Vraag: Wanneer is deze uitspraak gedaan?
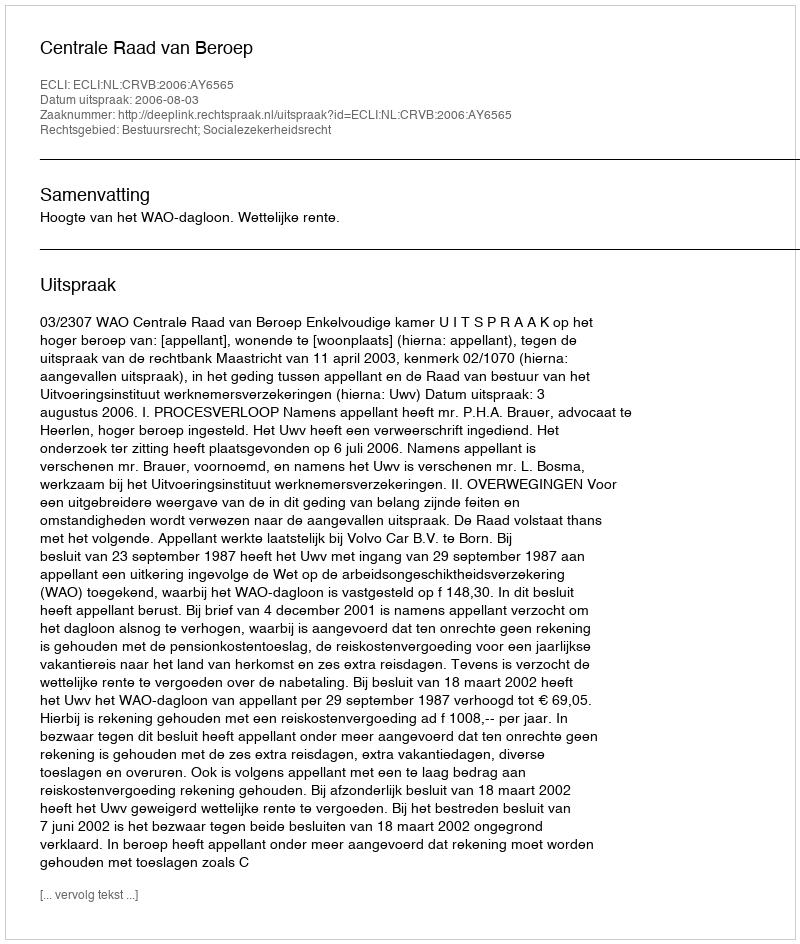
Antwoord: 2006-08-03